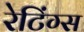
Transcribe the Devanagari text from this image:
रेटिंग्‍स